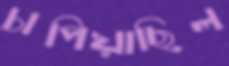
চাপিয়াছিল